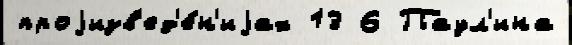
проjизв'ед'е́н'иjах 13 6 Паул'ина